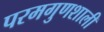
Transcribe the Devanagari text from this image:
परमगुणशाली